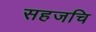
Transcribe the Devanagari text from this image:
सहजचि